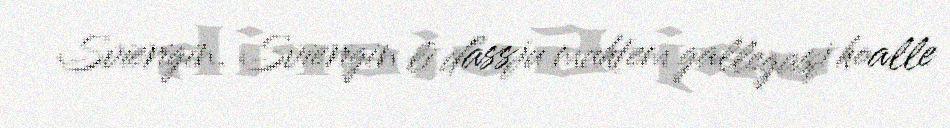
Svierigin. Svierigin li dåssju muhtem gallegasj hoalle